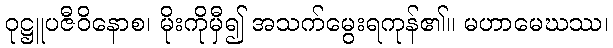
ဝုဋ္ဌူပဇီဝိနောစ၊ မိုးကိုမှီ၍ အသက်မွေးရကုန်၏။ မဟာမေဃဿ၊